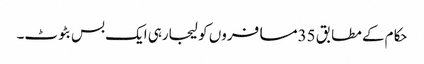
حکام کے مطابق 35مسافروں کو لیجارہی ایک بس بٹوٹ۔